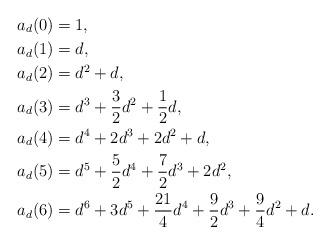
LaTeX: \begin{align*}a_d(0) &= 1,\\a_d(1) &= d,\\a_d(2) &= d^2+d,\\a_d(3) &= d^3+\frac{3}{2}d^2+\frac{1}{2}d,\\a_d(4) &= d^4+2d^3+2d^2+d,\\a_d(5) &= d^5+\frac{5}{2}d^4 + \frac{7}{2}d^3 + 2d^2,\\a_d(6) &= d^6+3d^5+\frac{21}{4}d^4+\frac{9}{2}d^3+\frac{9}{4}d^2+d.\end{align*}